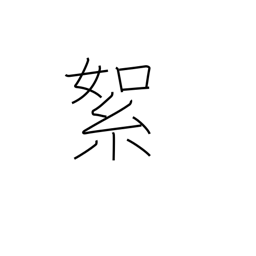
Meaning: cotton